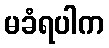
မခံရပါက